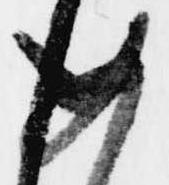
如